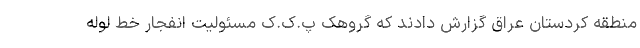
منطقه کردستان عراق گزارش دادند که گروهک پ.ک.ک مسئولیت انفجار خط لوله